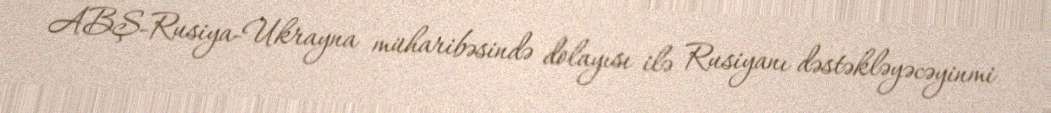
ABŞ-Rusiya-Ukrayna müharibəsində dolayısı ilə Rusiyanı dəstəkləyəcəyinmi